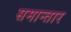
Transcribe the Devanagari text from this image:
समान्तार